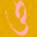
ও